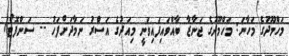
މަހްމޫދުގެ މަހާނަ: މަހްމޫދުގެ ޖަނާޒާ ބާއްވައިފައިވަނީ މިއަދުގެ އަސްރު ނަމާދަށްފަހު -- ސަންފޮޓޯ/